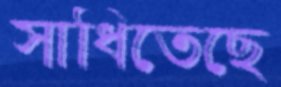
সাধিতেছে